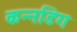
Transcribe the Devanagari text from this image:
कन्नडिग